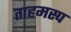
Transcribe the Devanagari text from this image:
ताहमस्प